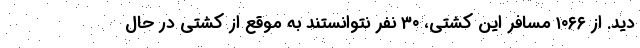
دید. از ۱۰۶۶ مسافر این کشتی، ۳۰ نفر نتوانستند به موقع از کشتی در حال